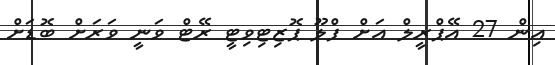
އިން 27 އޭޕްރީލް އަށް ފްލޫ ޕޮޒިޓިވިޓީ ރޭޓް ވަނީ ވަރަށް ބޮޑަށް